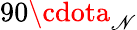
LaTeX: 90\cdota_{\mathscr{N}}